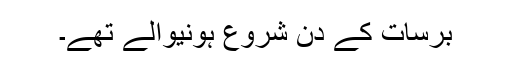
برسات کے دن شروع ہونیوالے تھے۔